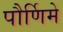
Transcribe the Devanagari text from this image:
पौर्णिमे